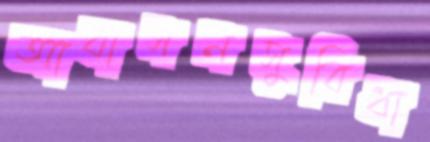
আবাসনসুবিধা